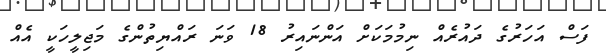
ފަސް އަހަރުގެ ދައުރެއް ނިމުމަކަށް އަންނައިރު 18 ވަނަ ރައްޔިތުންގެ މަޖިލީހަކީ އެއް